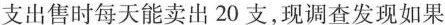
支出售时每天能卖出20支，现调查发现如果